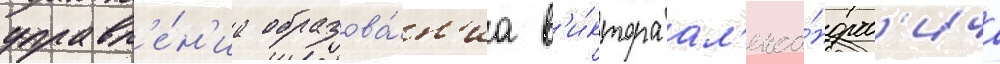
управл'е́н'иа образова́н'иа в'и́ктора ал'екса́ндров'ича